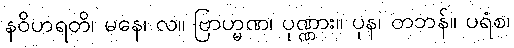
နဝိဟရတိ၊ မနေ၊ လ။ ဗြာဟ္မဏ၊ ပုဏ္ဏား။ ပုန၊ တဘန်။ ပရံစ၊